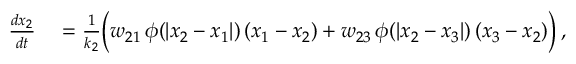
\begin{array} { r l } { \frac { d x _ { 2 } } { d t } } & { { } = \frac { 1 } { k _ { 2 } } \Big ( w _ { 2 1 } \, \phi ( | x _ { 2 } - x _ { 1 } | ) \, ( x _ { 1 } - x _ { 2 } ) + w _ { 2 3 } \, \phi ( | x _ { 2 } - x _ { 3 } | ) \, ( x _ { 3 } - x _ { 2 } ) \Big ) \, , } \end{array}